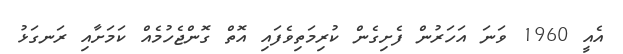
އެއީ 1960 ވަނަ އަހަރުން ފެށިގެން ކުރިމަތިވެފައި އޮތް ގޮންޖެހުމެއް ކަމަށާއި ރަނގަޅު